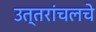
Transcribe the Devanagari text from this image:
उत्तरांचलचे